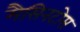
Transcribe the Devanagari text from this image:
मैसिनटोस